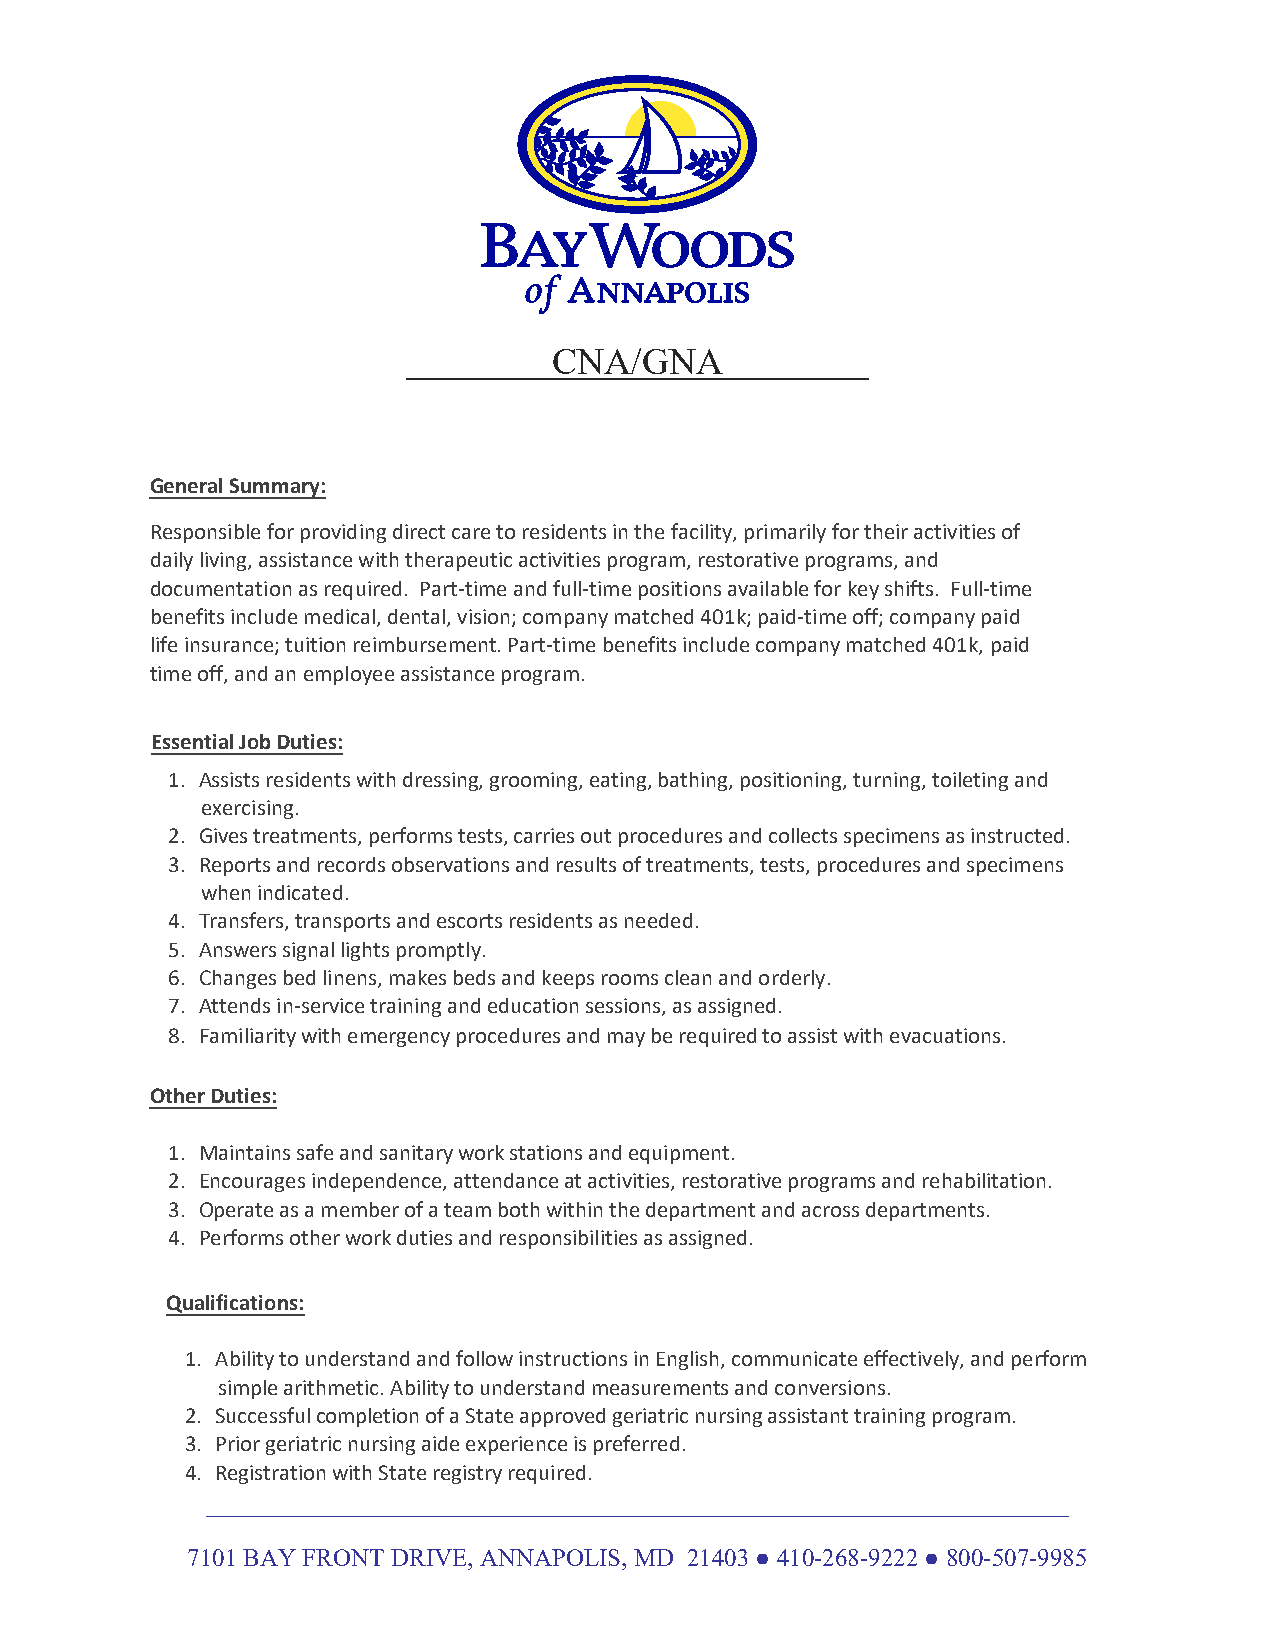
CNA/GNA
 General Summary:
 Responsible for providing direct care to residents in the facility, primarily for their activities of
 daily living, assistance with therapeutic activities program, restorative programs, and
 documentation as required. Part-time and full-time positions available for key shifts. Full-time
 benefits include medical, dental, vision; company matched 401k; paid-time off; company paid
 life insurance; tuition reimbursement. Part-time benefits include company matched 401k, paid
 time off, and an employee assistance program.
 Essential Job Duties:
 1. Assists residents with dressing, grooming, eating, bathing, positioning, turning, toileting and
 exercising.
 2. Gives treatments, performs tests, carries out procedures and collects specimens as instructed.
 3. Reports and records observations and results of treatments, tests, procedures and specimens
 when indicated.
 4. Transfers, transports and escorts residents as needed.
 5. Answers signal lights promptly.
 6. Changes bed linens, makes beds and keeps rooms clean and orderly.
 7. Attends in-service training and education sessions, as assigned.
 8. Familiarity with emergency procedures and may be required to assist with evacuations.
 Other Duties:
 1. Maintains safe and sanitary work stations and equipment.
 2. Encourages independence, attendance at activities, restorative programs and rehabilitation.
 3. Operate as a member of a team both within the department and across departments.
 4. Performs other work duties and responsibilities as assigned.
 Qualifications:
 1. Ability to understand and follow instructions in English, communicate effectively, and perform
 simple arithmetic. Ability to understand measurements and conversions.
 2. Successful completion of a State approved geriatric nursing assistant training program.
 3. Prior geriatric nursing aide experience is preferred.
 4. Registration with State registry required.
 _____________________________________________________________________
 7101 BAY FRONT DRIVE, ANNAPOLIS, MD 21403 ● 410-268-9222 ● 800-507-9985